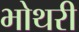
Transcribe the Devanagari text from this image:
भोथरी